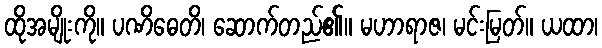
ထိုအမျိုးကို။ ပဏိဓေတိ၊ ဆောက်တည်၏။ မဟာရာဇ၊ မင်းမြတ်။ ယထာ၊